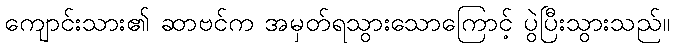
ကျောင်းသား၏ ဆာဗင်က အမှတ်ရသွားသောကြောင့် ပွဲပြီးသွားသည်။